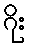
ဂိုး